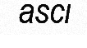
asci